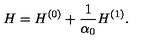
H = H ^ { ( 0 ) } + \frac { 1 } { \alpha _ { 0 } } H ^ { ( 1 ) } .